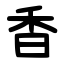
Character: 香